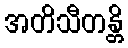
အတိသီတန္တိ